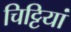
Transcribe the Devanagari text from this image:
चिट्टियां